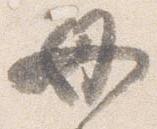
母